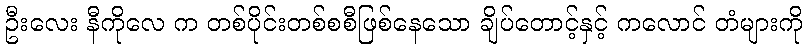
ဦးလေး နီကိုလေ က တစ်ပိုင်းတစ်စစီဖြစ်နေသော ချိပ်တောင့်နှင့် ကလောင် တံများကို